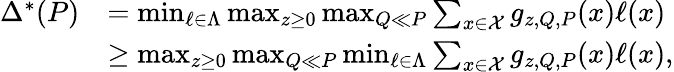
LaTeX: \begin{array}{rl}{\Delta^{*}(P)}&{=\operatorname*{min}_{\ell\in\Lambda}\operatorname*{max}_{z\geq 0}\operatorname*{max}_{Q\ll P}\sum_{x\in\mathcal{X}}g_{z,Q,P}(x)\ell(x)}\\ &{\geq\operatorname*{max}_{z\geq 0}\operatorname*{max}_{Q\ll P}\operatorname*{min}_{\ell\in\Lambda}\sum_{x\in\mathcal{X}}g_{z,Q,P}(x)\ell(x),}\end{array}